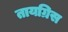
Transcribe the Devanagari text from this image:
तायग्रिस